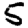
Digit: 5